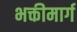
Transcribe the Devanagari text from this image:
भक्तीमार्ग